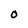
Character: O